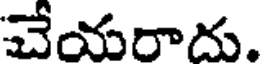
చేయరాదు.